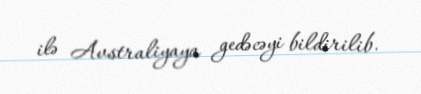
ilə Avstraliyaya gedəcəyi bildirilib.